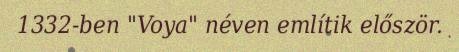
1332-ben "Voya" néven említik először.